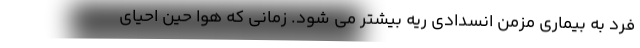
فرد به بیماری مزمن انسدادی ریه بیشتر می شود. زمانی که هوا حین احیای